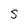
Character: S